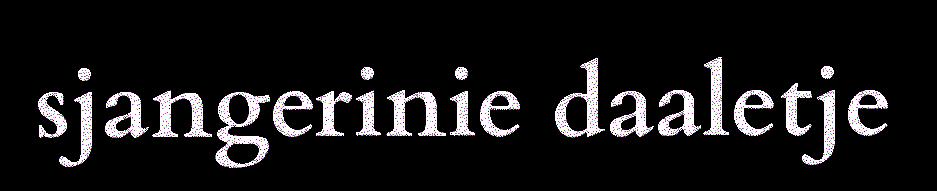
sjangerinie daaletje